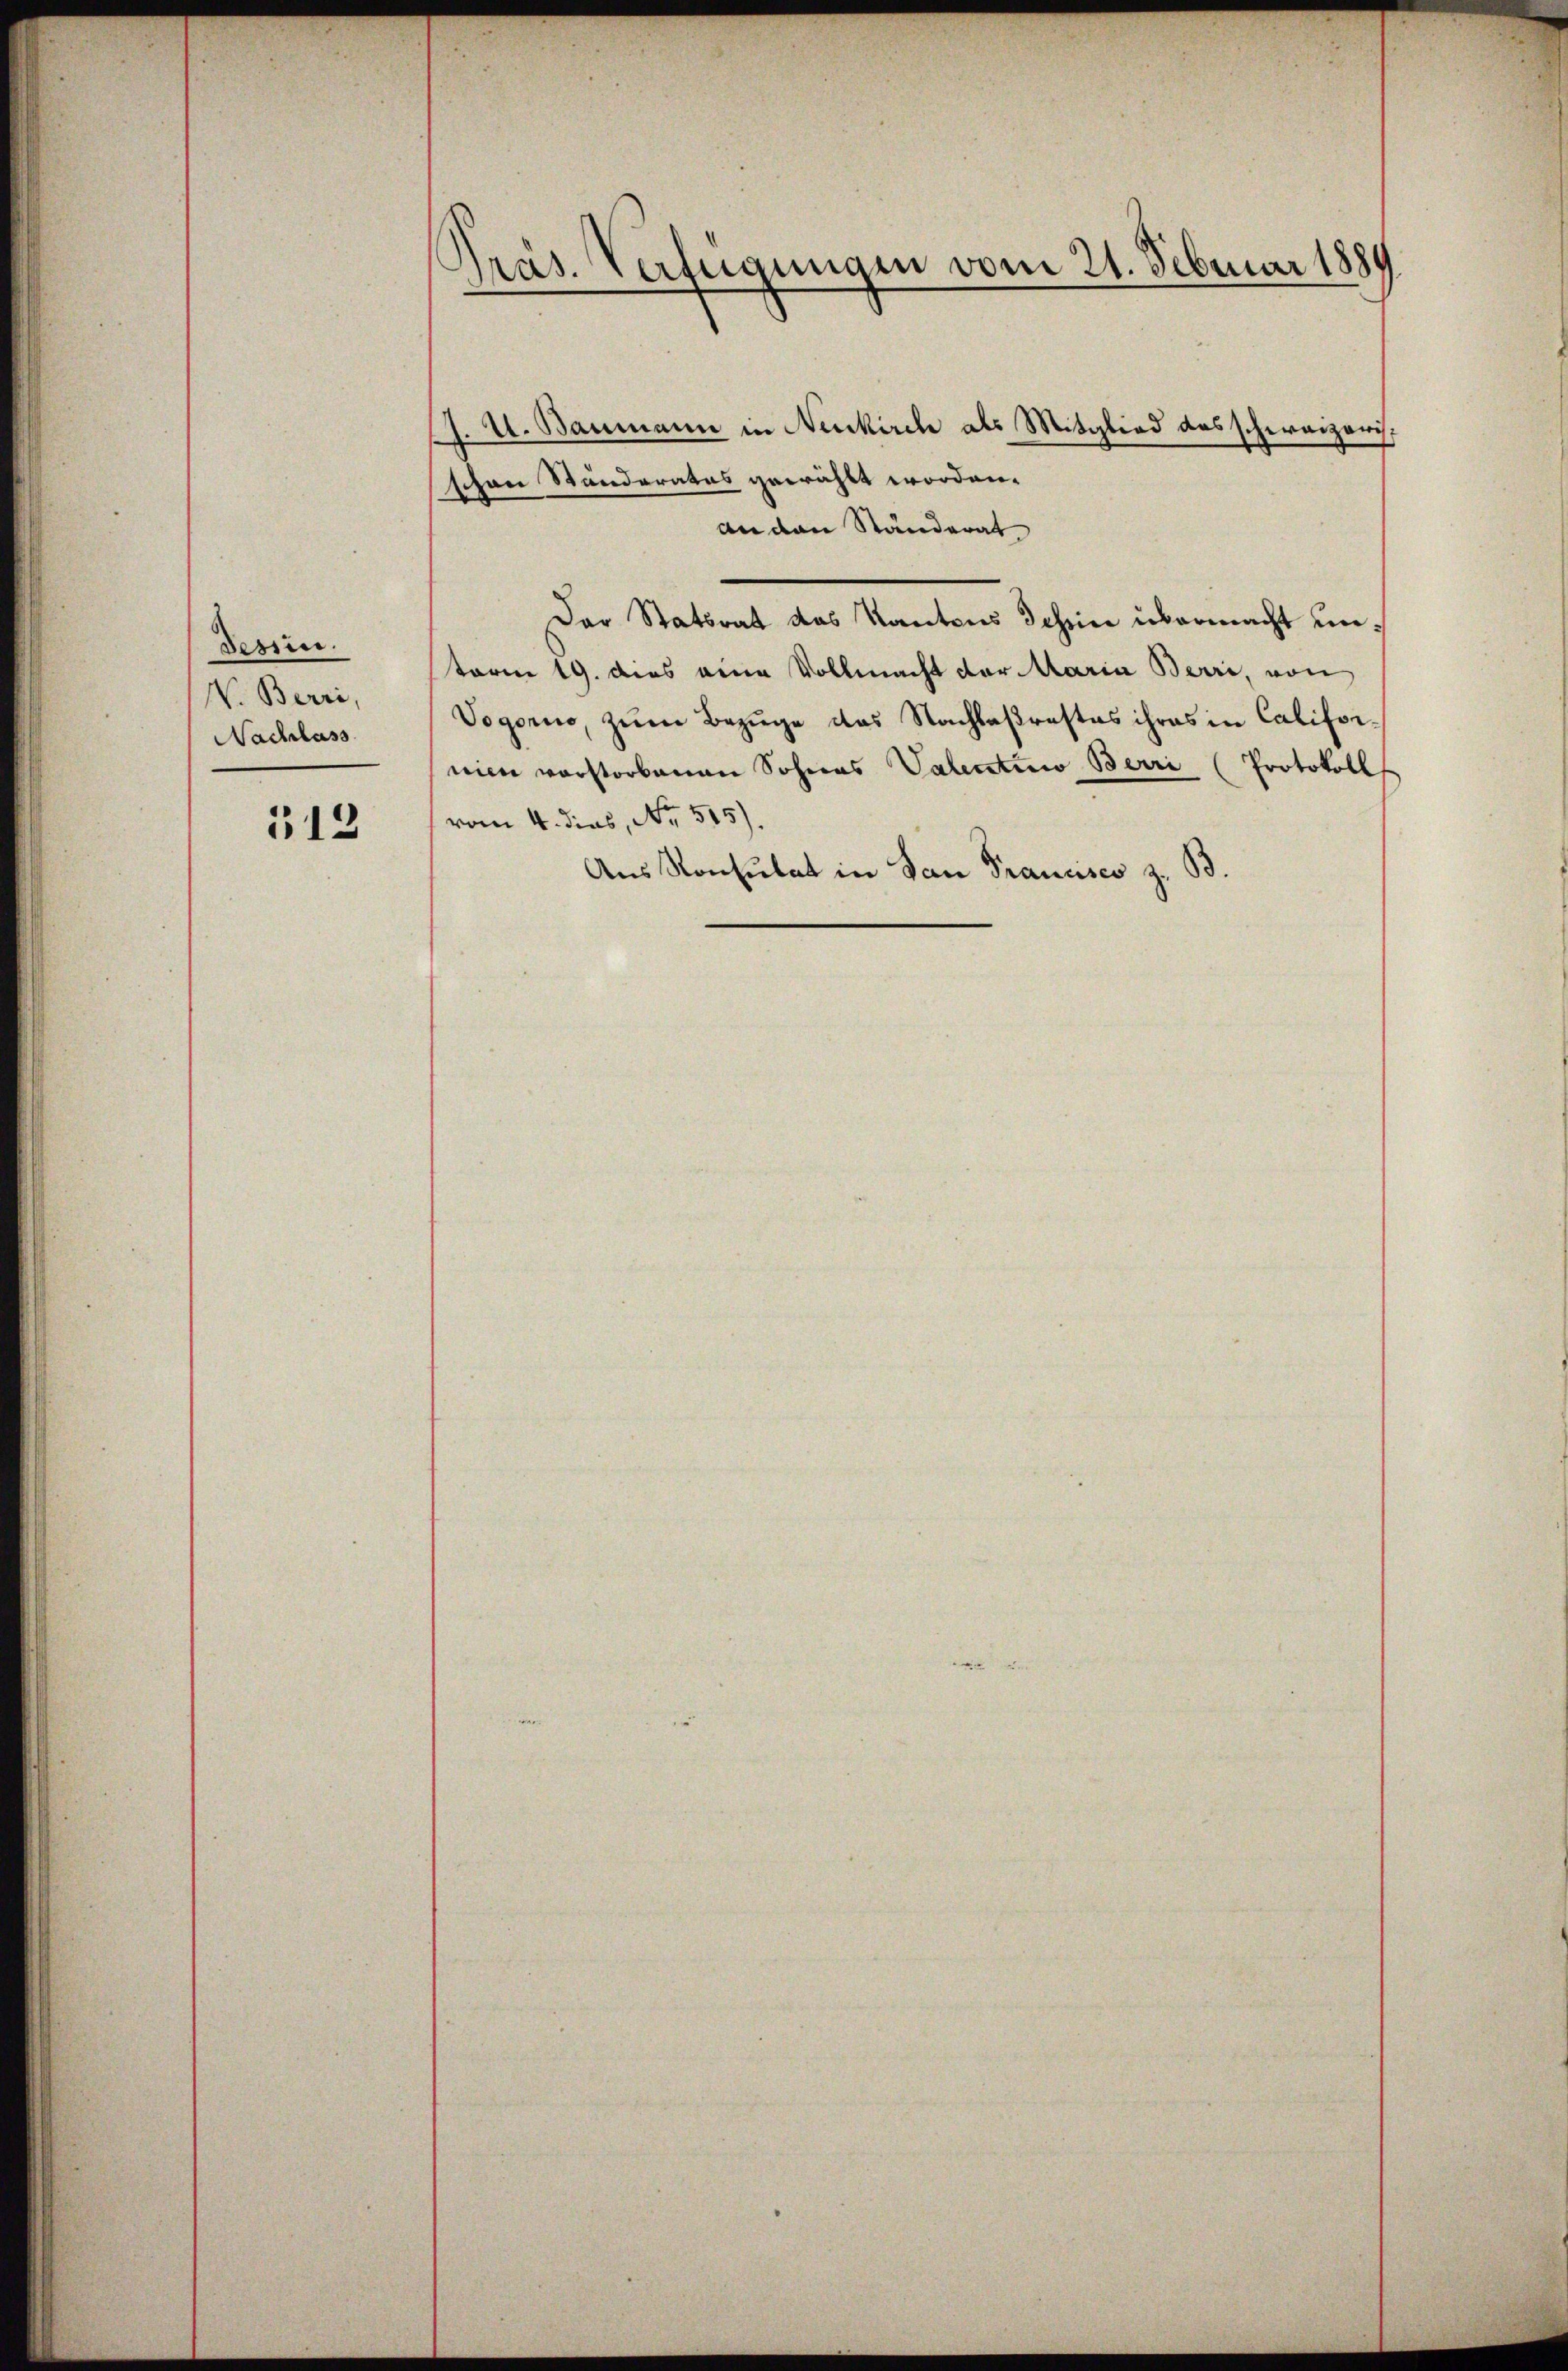
Tessin.
V. Berri,
Nachlass

312

Präs. Verfügungen vom 21. Februar 1881

J. U. Baumann in Neukirch als Mitglied des schweizerischen Standeratus gewählt worden.
an den Ständerat
Der Statsrat das Kantons Schin übermacht unterm 19. dies eine Vollmacht der Maria Barri, von
Vogorno, zum Bezuge das Nachlaßrastes ihres in Californien vorstorbenen Sohnes Valentino Barri (Protokoll
vom 4. dies, Nr. 515)
Aus Konsulat in San Francisco z. B.